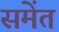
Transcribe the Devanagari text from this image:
समेंत